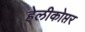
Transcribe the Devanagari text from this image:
हेलीकोप्तर